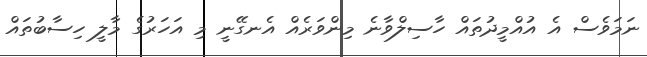
ނަމަވެސް އެ އުއްމީދުތައް ހާސިލްވާނެ މިންވަރެއް އެނގޭނީ މި އަހަރުގެ މާލީ ހިސާބުތައް